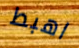
اهبط